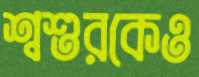
শ্বশুরকেও